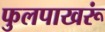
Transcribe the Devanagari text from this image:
फुलपाखरूं